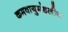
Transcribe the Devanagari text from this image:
कमवायुमंडलीय